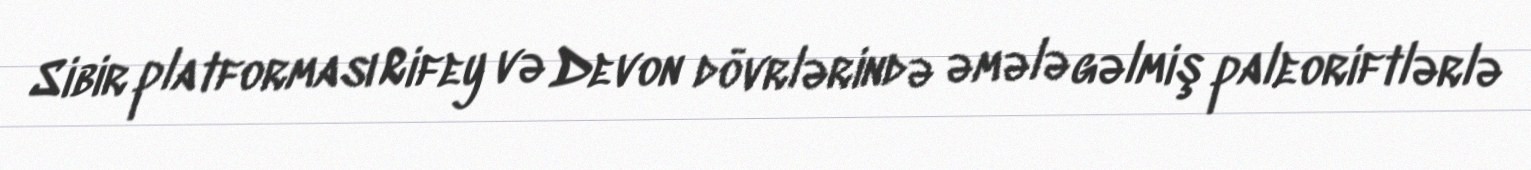
Sibir platforması Rifey və Devon dövrlərində əmələ gəlmiş paleoriftlərlə